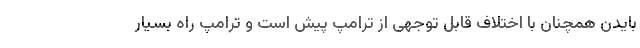
بایدن همچنان با اختلاف قابل توجهی از ترامپ پیش است و ترامپ راه بسیار